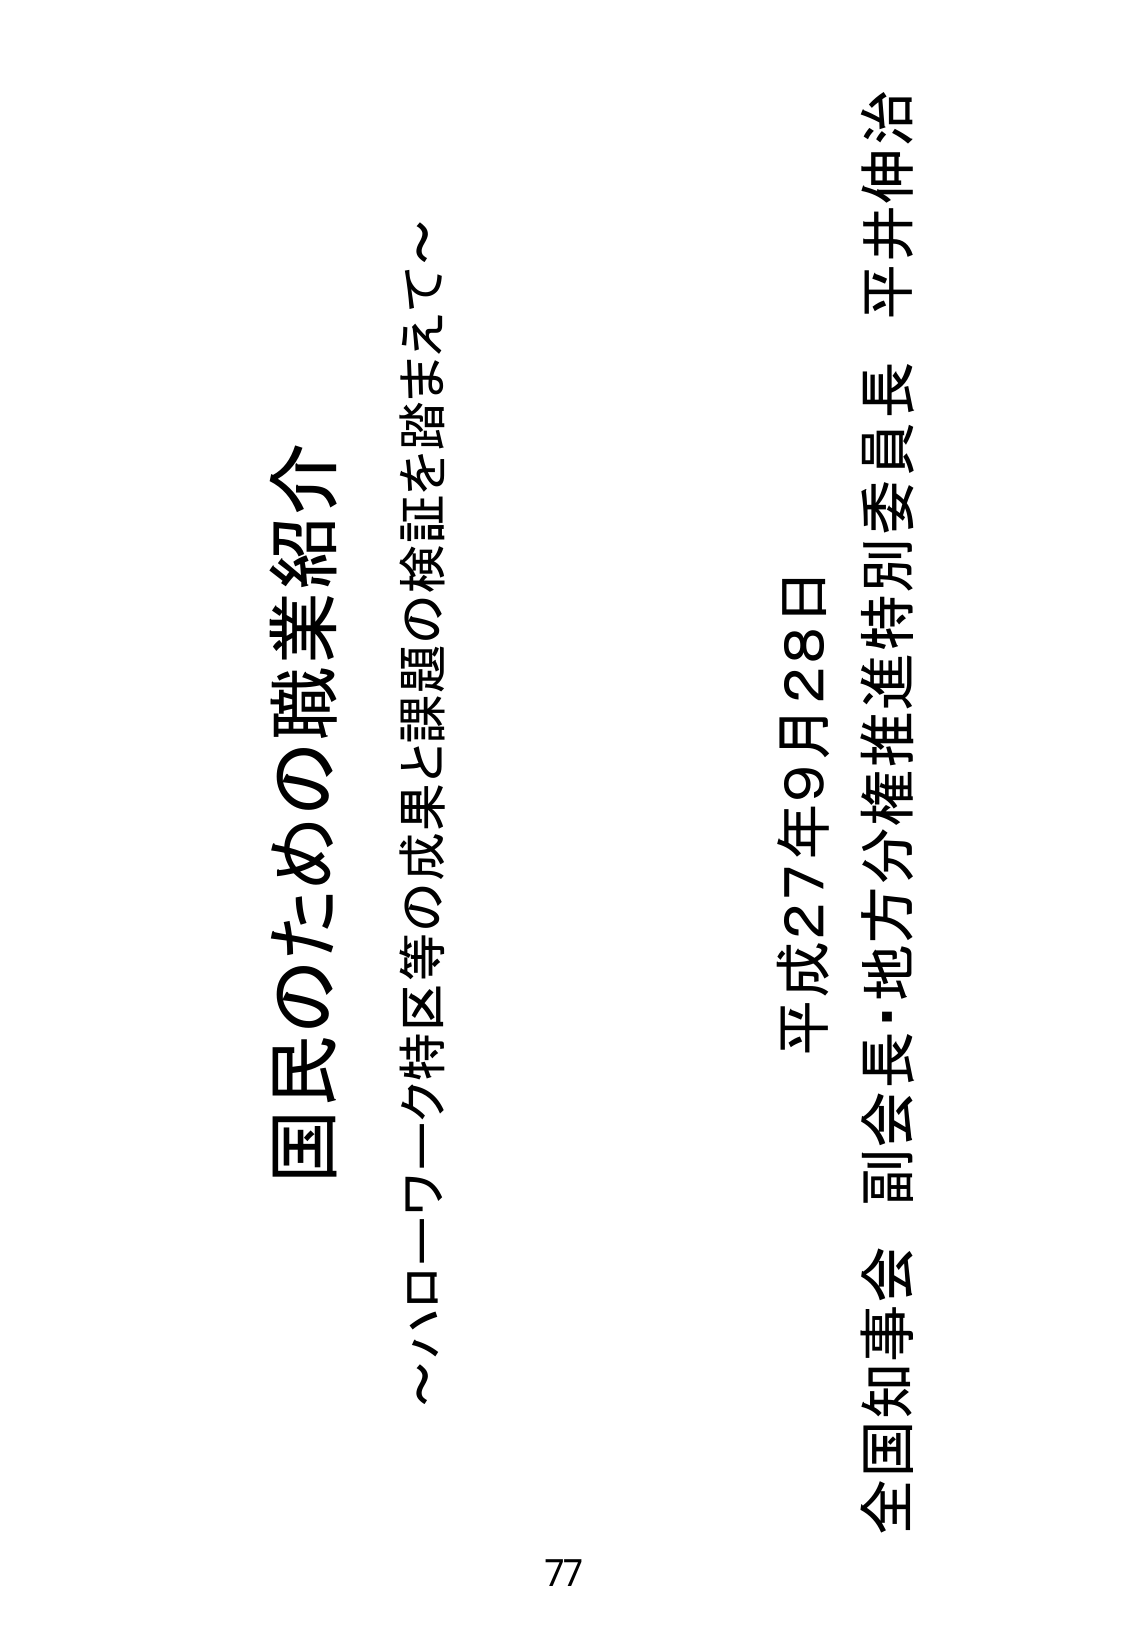
国民のための職業紹介
～ハローワーク特区等の成果と課題の検証を踏まえて～

平成27年9月28日
全国知事会 副会長・地方分権推進特別委員長 平井伸治

77